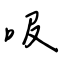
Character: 吸